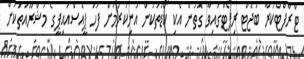
ޓްރާފްޓްކުރާ ބަޖެޓް ރިޕޯޓްގައިވާ ގޮތުން އެކި ކޯޑުތަކުން އުނިކުރުމަށް ފަހު ޕީއެސްއައިޕީގެ މަޝްރޫއުތަކަށް